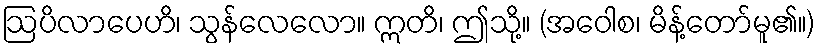
ဩပိလာပေဟိ၊ သွန်လေလော။ ဣတိ၊ ဤသို့။ (အဝေါစ၊ မိန့်တော်မူ၏။)